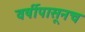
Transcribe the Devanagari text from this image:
वर्षीपासूनच